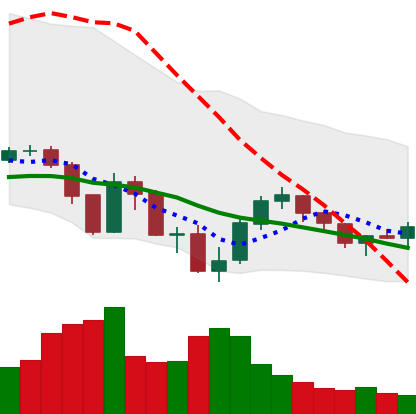
Ticker: XLM-USD
Chart end date: 2019-07-26
Forward return: -4.585%
Label: down_3_5